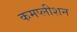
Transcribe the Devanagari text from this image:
कमप्लीशन